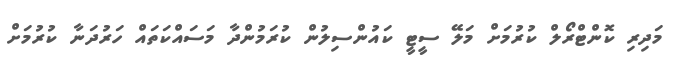
މަދިރި ކޮންޓްރޯލް ކުރުމަށް މަލޭ ސީޓީ ކައުންސިލުން ކުރަމުންދާ މަސައްކަތައް ހަރުދަނާ ކުރުމަށް